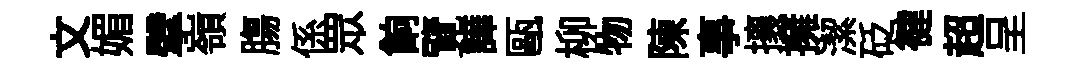
文媚擘嶺膓係眾餉覽譁甌柳物陳事攘擁潔砭徤超呈